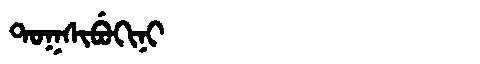
Manchu: ᡨᠣᡴᠰᡳᠪᡠᡴᡳᠨᡳ
Romanization: TOKSIBUKINI